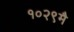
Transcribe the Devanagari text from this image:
१०२९मै